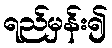
ရည်မှန်း၍